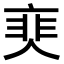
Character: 𩇰